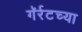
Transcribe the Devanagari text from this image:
गॅर्रटच्या